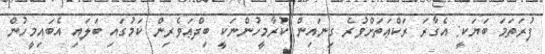
ފުރަތަމަ ބަޔަކީ: އެގާރަ ރަކްޢަތަށްވުރެ ގިނައިން ކުރާމީހުންނަކީ ބިދްޢަވެރިން ކަމުގައި ބަލައި އެބައިމީހުން